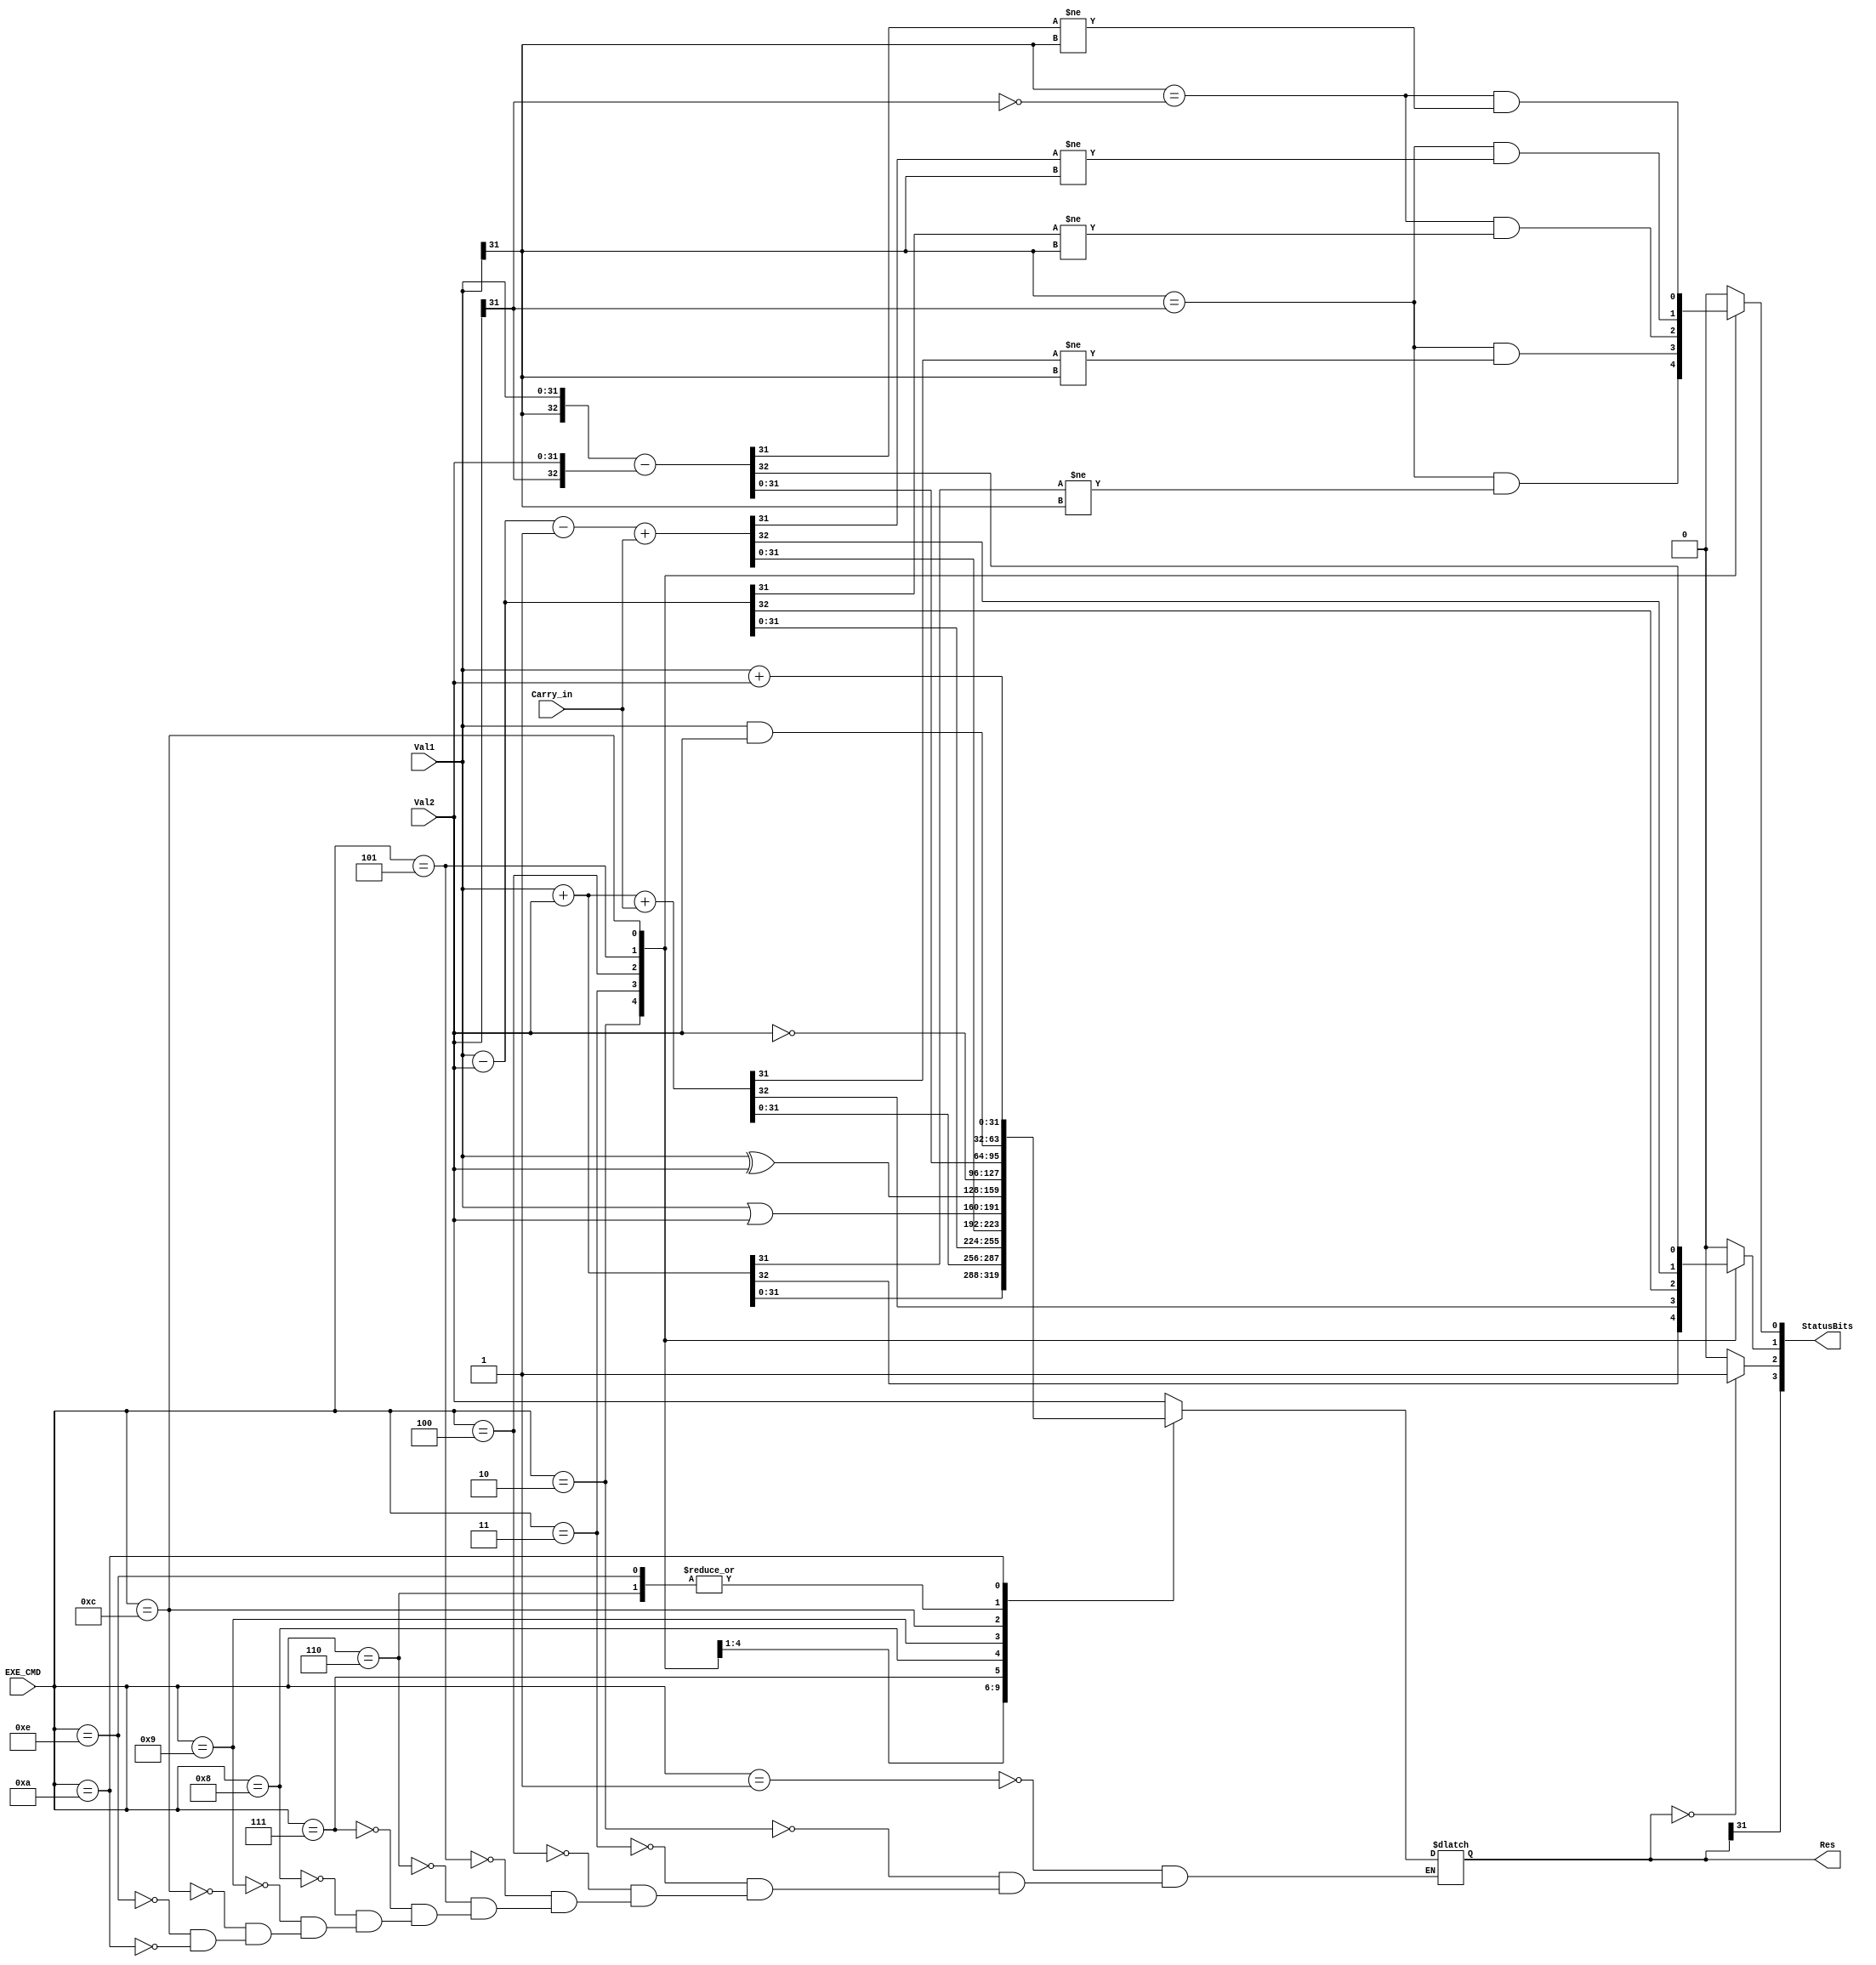
module ALU(Val1, Val2, EXE_CMD, Carry_in, Res, StatusBits);//nzcv
    input [31:0] Val1, Val2;
    input [3:0] EXE_CMD;
    input Carry_in;
    output reg[31:0] Res;
    output [3:0] StatusBits;

    reg V, C;
    wire N, Z;

    assign N = Res[31];
    assign Z = (Res == 32'b0 )? 1'b1: 1'b0;
    assign StatusBits = {N, Z, C, V};

    always @(*) begin
        V = 1'b0;
        C = 1'b0;
        case (EXE_CMD)
            4'b0001: begin//MOV
                Res = Val2;
            end
            4'b0010: begin//SUM
                {C, Res} = Val1 + Val2;
                V = ((Val1[31] == Val2[31]) & (Res[31] != Val1[31]));
            end
            4'b0011: begin// SUM + CARRY
                {C, Res} = Val1 + Val2 + Carry_in;
                V = ((Val1[31] == Val2[31]) & (Res[31] != Val1[31]));
            end
            4'b0100: begin//SUB
                {C, Res} = Val1 - Val2;
                V = ((Val1[31]== ~Val2[31]) & (Res[31] != Val1[31]));
            end
            4'b0101: begin//SUB - ~CARRY
                {C, Res} = Val1 - Val2 - 1 + Carry_in;
                V = ((Val1[31] == Val2[31]) & (Res[31] != Val1[31]));
            end
            4'b0110: begin//AND
                Res = Val1 & Val2;
            end
            4'b0111: begin//OR
                Res = Val1 | Val2;
            end
            4'b1000: begin//XOR
                Res = Val1 ^ Val2;
            end
            4'b1001: begin//MVN
                Res = ~Val2;
            end
            4'b1100: begin//cmp
                {C, Res} = {Val1[31], {Val1}} - {Val2[31], {Val2}};
                V = ((Val1[31] == ~Val2[31]) & (Res[31] != Val1[31]));
            end
            4'b1110: begin//tst
                Res = Val1 & Val2;
            end
            4'b1010: begin//ldr
                Res = Val1 + Val2;
            end
            4'b1010: begin//str
                Res = Val1 + Val2;
            end

        endcase
    end

endmodule